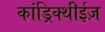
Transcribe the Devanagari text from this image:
कांड्रिक्थीईज़